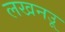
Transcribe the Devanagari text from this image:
लखनउू